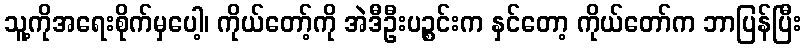
သူ့ကိုအရေးစိုက်မှပေါ့၊ ကိုယ်တော့်ကို အဲဒီဦးပဉ္စင်းက နှင်တော့ ကိုယ်တော်က ဘာပြန်ပြီး